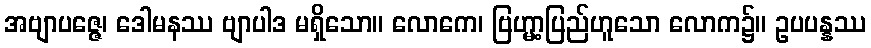
အဗျာပဇ္ဇေ၊ ဒေါမနဿ ဗျာပါဒ မရှိသော။ လောကေ၊ ဗြဟ္မာ့ပြည်ဟူသော လောက၌။ ဥပပန္နဿ